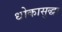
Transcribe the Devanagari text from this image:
धोकासुद्धा